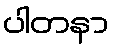
ပါတနာ